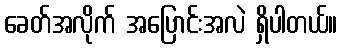
ခေတ်အလိုက် အပြောင်းအလဲ ရှိပါတယ်။